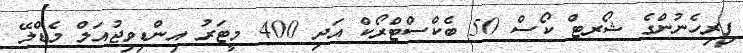
ފިރިހެނުންގެ ޝޯރޓް ކޯސް 50 ބެކްސްޓްރޯކް އަދި 400 މީޓަރު އިންޑިވިޖުއަލް މެޑްލޭ